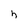
Character: h